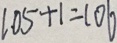
1 0 5 + 1 = 1 0 6